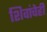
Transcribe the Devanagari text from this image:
शिवांचेही